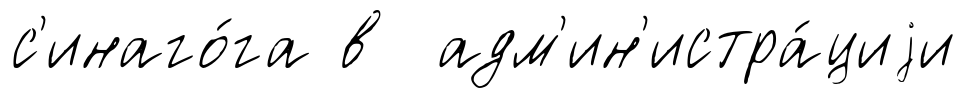
с'инаго́га в адм'ин'истра́циjи